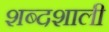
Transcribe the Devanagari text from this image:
शब्दशाली